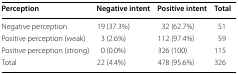
| Perception | Negative intent | Positive intent | Total |
 | --- | --- | --- | --- |
 | Negative perception | 19 (37.3%) | 32 (62.7%) | 51 |
 | Positive perception (weak) | 3 (2.6%) | 112 (97.4%) | 59 |
 | Positive perception (strong) | 0 (0.0%) | 326 (100) | 115 |
 | Total | 22 (4.4%) | 478 (95.6%) | 326 |